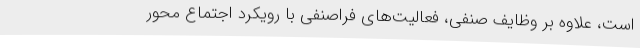
است، علاوه بر وظایف صنفی، فعالیت‌های فراصنفی با رویکرد اجتماع محور